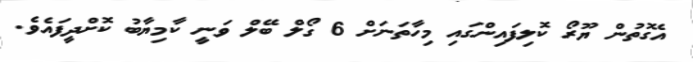
އެގޮތުން ޔޫރޯ ކޮލިފައިންގައި މިހާތަނަށް 6 ގޯލް ބޭލް ވަނީ ކާމިޔާބު ކޮށްދީފައެވެ.